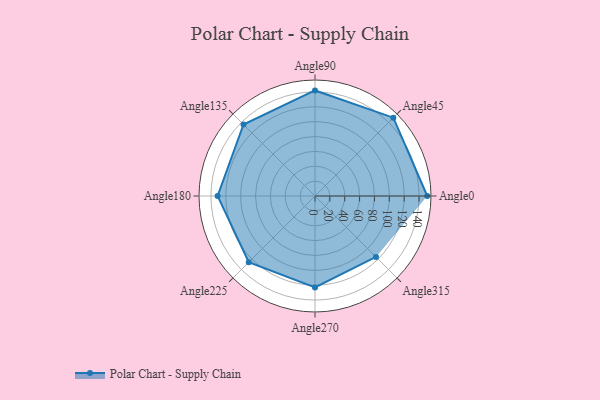
{"axis": {"x": "Angle", "y": "Radius"}, "legend": [""], "data": [{"x": "Angle0", "y": 151.0, "type": ""}, {"x": "Angle45", "y": 149.0, "type": ""}, {"x": "Angle90", "y": 142.0, "type": ""}, {"x": "Angle135", "y": 136.0, "type": ""}, {"x": "Angle180", "y": 131.0, "type": ""}, {"x": "Angle225", "y": 126.0, "type": ""}, {"x": "Angle270", "y": 123.0, "type": ""}, {"x": "Angle315", "y": 116.0, "type": ""}]}